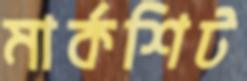
মার্কশিট